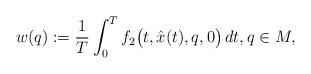
LaTeX: \begin{align*} w(q):=\frac{1}{T}\int_0^T f_2\big(t,\hat x(t),q,0\big)\, dt,q\in M,\end{align*}